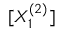
[ X _ { 1 } ^ { ( 2 ) } ]